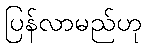
ပြန်လာမည်ဟု